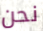
نحن